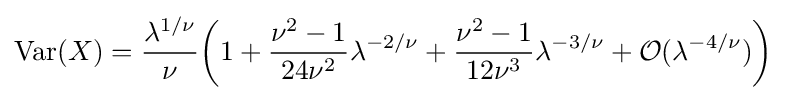
\mathrm {Var} (X)={\frac {\lambda ^{1/\nu }}{\nu }}{\bigg (}1+{\frac {\nu ^{2}-1}{24\nu ^{2}}}\lambda ^{-2/\nu }+{\frac {\nu ^{2}-1}{12\nu ^{3}}}\lambda ^{-3/\nu }+{\mathcal {O}}(\lambda ^{-4/\nu }){\bigg )}